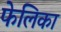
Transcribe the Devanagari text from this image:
फेलिका